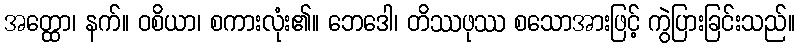
အတ္ထော၊ နက်။ ဝစိယာ၊ စကားလုံး၏။ ဘေဒေါ၊ တိဿဖုဿ စသောအားဖြင့် ကွဲပြားခြင်းသည်။